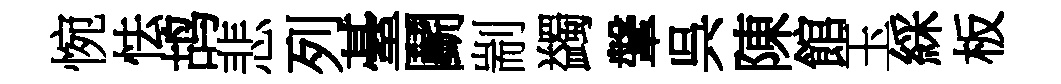
惋怯鸪悲列䑓鬬剬蠲鞶呉陳館玉綵板